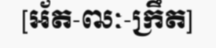
[អ័ត-ឍៈ-ក្រឹត]